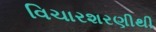
વિચારશરણીથી